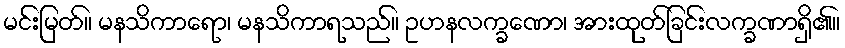
မင်းမြတ်။ မနသိကာရော၊ မနသိကာရသည်။ ဥဟနလက္ခဏော၊ အားထုတ်ခြင်းလက္ခဏာရှိ၏။